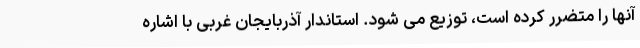
آنها را متضرر کرده است، توزیع می شود. استاندار آذربایجان غربی با اشاره